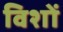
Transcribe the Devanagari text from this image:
विशों